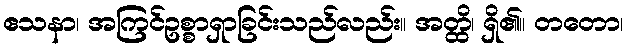
ဧသနာ၊ အကြင်ဥစ္စာရှာခြင်းသည်လည်း။ အတ္ထိ၊ ရှိ၏။ တတော၊